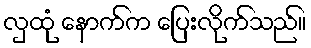
လှထုံ နောက်က ပြေးလိုက်သည်။